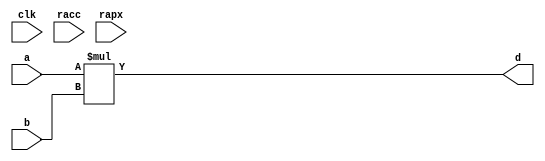
module conf_int_mul__noFF__arch_agnos( clk, racc, rapx, a, b, d);
   parameter OP_BITWIDTH = 16; 
   parameter DATA_PATH_BITWIDTH = 24;
   input clk;
   input racc;
   input rapx;
   input [DATA_PATH_BITWIDTH -1: 0] a;
   input [DATA_PATH_BITWIDTH -1: 0] b;
   output [2*(DATA_PATH_BITWIDTH) - 1 : 0] d;
   assign d = $signed(a) * $signed(b);
endmodule

// *** F:DN multiplier wrapper
//module conf_int_mul__noFF__arch_agnos__w_wrapper( clk, racc, rapx, A_in_to_wrapper, B_in_to_wrapper, d, state, rstP, P, count0);

module conf_int_mul__noFF__arch_agnos__w_wrapper (A_in_to_wrapper, B_in_to_wrapper, state, rstP, clk, racc,rapx, P, count0);
   parameter OP_BITWIDTH = 16; //operator bit width
   parameter DATA_PATH_BITWIDTH = 24; //flip flop Bit width
   
   input [DATA_PATH_BITWIDTH -1: 0] A_in_to_wrapper;
   input [DATA_PATH_BITWIDTH -1: 0] B_in_to_wrapper;
   input [8:0] count0;
   input [2:0] state;      
   input rstP; 
   input clk;
   input racc; //accurate bits reset  
   input rapx; //apx bits reset
   output [31:0] P; 

   wire [DATA_PATH_BITWIDTH -1: 0] A_in;
   wire [DATA_PATH_BITWIDTH -1 : 0] B_in;
   wire [2*(DATA_PATH_BITWIDTH) - 1 : 0] d_out;
   wire [2*(DATA_PATH_BITWIDTH) - 1 : 0] d_internal;
   wire [DATA_PATH_BITWIDTH -1 : 0] A_in_to_multiply;
   wire [DATA_PATH_BITWIDTH -1 : 0] B_in_to_multiply;
   //.................................................... 
   reg [DATA_PATH_BITWIDTH -1 : 0] a_reg;
   reg [DATA_PATH_BITWIDTH -1 : 0] b_reg;
   reg [31: 0] P_tmp;
   reg [31: 0] c_reg;  

   // *** F:DN combination logic 
   assign A_in = a_reg;
   assign B_in = b_reg;
  
//   assign A_in_to_multiply =  (state == 3'b010) ? (A_in << 8): {A_in[DATA_PATH_BITWIDTH: `OP_BITWIDTH], {(`OP_BITWIDTH){1'b0}}};
//   assign B_in_to_multiply =  (state == 3'b010) ? {B_in[DATA_PATH_BITWIDTH:`OP_BITWIDTH], {(`OP_BITWIDTH){1'b0}}} : {B_in[DATA_PATH_BITWIDTH:`OP_BITWIDTH], {(`OP_BITWIDTH){1'b0}}};
  
   assign A_in_to_multiply =  (state == 3'b010) ? (A_in << 8): A_in;
   assign B_in_to_multiply =  B_in;
   assign P = c_reg;
   assign d_out = (state == 3'b010) ? (d_internal>>8) : d_internal;
   
 // synopsys dc_script_begin
 //set_dont_touch d_internal
 // synopsys dc_script_end
 

   conf_int_mul__noFF__arch_agnos #(OP_BITWIDTH, DATA_PATH_BITWIDTH) mul__inst(.clk(clk), .racc(racc), .rapx(rapx), .a(A_in_to_multiply), .b(B_in_to_multiply), .d(d_internal));
   //multiply mul(A_in_to_multiply, B_in_to_multiply, d_internal);


   // *** F:DN sequential logic
   always@(posedge clk or posedge racc)
   begin
       if (racc == 1'b1)begin
           a_reg[DATA_PATH_BITWIDTH -1: DATA_PATH_BITWIDTH - OP_BITWIDTH] <= 0;
           b_reg[DATA_PATH_BITWIDTH -1: DATA_PATH_BITWIDTH - OP_BITWIDTH] <= 0;
       end
       else if ((state == 3'b001 && count0 == 9'd63) ||
           (state == 3'b010))begin
           a_reg[DATA_PATH_BITWIDTH -1 : DATA_PATH_BITWIDTH - OP_BITWIDTH] <= A_in_to_wrapper[DATA_PATH_BITWIDTH -1 : DATA_PATH_BITWIDTH - OP_BITWIDTH];
           b_reg[DATA_PATH_BITWIDTH -1 : DATA_PATH_BITWIDTH - OP_BITWIDTH] <= B_in_to_wrapper[DATA_PATH_BITWIDTH -1 : DATA_PATH_BITWIDTH - OP_BITWIDTH];
       end
       else if 
           ((state == 3'b011) ||
           (state == 3'b100))begin
           a_reg[DATA_PATH_BITWIDTH -1: DATA_PATH_BITWIDTH - OP_BITWIDTH] <= A_in_to_wrapper[DATA_PATH_BITWIDTH -1 : DATA_PATH_BITWIDTH - OP_BITWIDTH];
           b_reg[DATA_PATH_BITWIDTH -1: DATA_PATH_BITWIDTH - OP_BITWIDTH] <= B_in_to_wrapper[DATA_PATH_BITWIDTH -1 : DATA_PATH_BITWIDTH - OP_BITWIDTH];
       end
   end

  always@(posedge clk)
  begin
       if (racc == 1'b1)begin
           a_reg [DATA_PATH_BITWIDTH - OP_BITWIDTH -1 :0]<= 0;
           b_reg [DATA_PATH_BITWIDTH - OP_BITWIDTH -1 :0]<= 0;
       end
       else  if ((state == 3'b001 && count0 == 9'd63) ||
          (state == 3'b010))begin
          if (rapx == 1'b1 && ~(racc))begin  
              //A[DATA_PATH_BITWIDTH:a1_cut] <= A_in_to_wrapper; //commented out since a1_cut is set to be zero all the time
              a_reg[DATA_PATH_BITWIDTH - OP_BITWIDTH -1 :0] <= A_in_to_wrapper[DATA_PATH_BITWIDTH - OP_BITWIDTH -1 :0];
              b_reg[DATA_PATH_BITWIDTH - OP_BITWIDTH -1 :0] <= 0;//{(OP_BITWIDTH){1'b0}};
          end
          else begin
              //A[h:a1_cut] <= A_in_to_wrapper; //commented out since a1_cut is always set to zero
              a_reg[DATA_PATH_BITWIDTH - OP_BITWIDTH -1 :0] <= A_in_to_wrapper[DATA_PATH_BITWIDTH - OP_BITWIDTH -1 :0];
              b_reg[DATA_PATH_BITWIDTH - OP_BITWIDTH -1 :0] <= B_in_to_wrapper[DATA_PATH_BITWIDTH - OP_BITWIDTH -1 :0];
          end       
      end
      else if ((state == 3'b011) ||
          (state == 3'b100))begin
          if (rapx == 1'b1 && ~(racc))begin  
              a_reg[DATA_PATH_BITWIDTH - OP_BITWIDTH -1 :0] <=  0;// {(OP_BITWIDTH){1'b0}};
              b_reg[DATA_PATH_BITWIDTH - OP_BITWIDTH -1 :0] <= 0;//{(OP_BITWIDTH){1'b0}};
          end
          else begin
              a_reg[DATA_PATH_BITWIDTH - OP_BITWIDTH -1 :0] <=  A_in_to_wrapper[DATA_PATH_BITWIDTH - OP_BITWIDTH - 1: 0];
              b_reg[DATA_PATH_BITWIDTH - OP_BITWIDTH - 1 :0] <= B_in_to_wrapper[DATA_PATH_BITWIDTH - OP_BITWIDTH -1 :0];

          end
      end
  end

   always@(posedge clk)
   begin
       if (rstP == 1'b1) begin
           c_reg <= 32'b0;
       end
       else if (state ==  3'b010)begin
           //P_tmp[31:0] = {{3{d_out[31]}}, d_out[31:3]};
           P_tmp[31:0] = d_out;
           c_reg <= P_tmp;
       end
       else begin
	       //c_reg[31:0] <= {{3{d_out[39]}}, d_out[39:11]};
	       c_reg[31:0] <= d_out[39:8];
       end
   end

endmodule